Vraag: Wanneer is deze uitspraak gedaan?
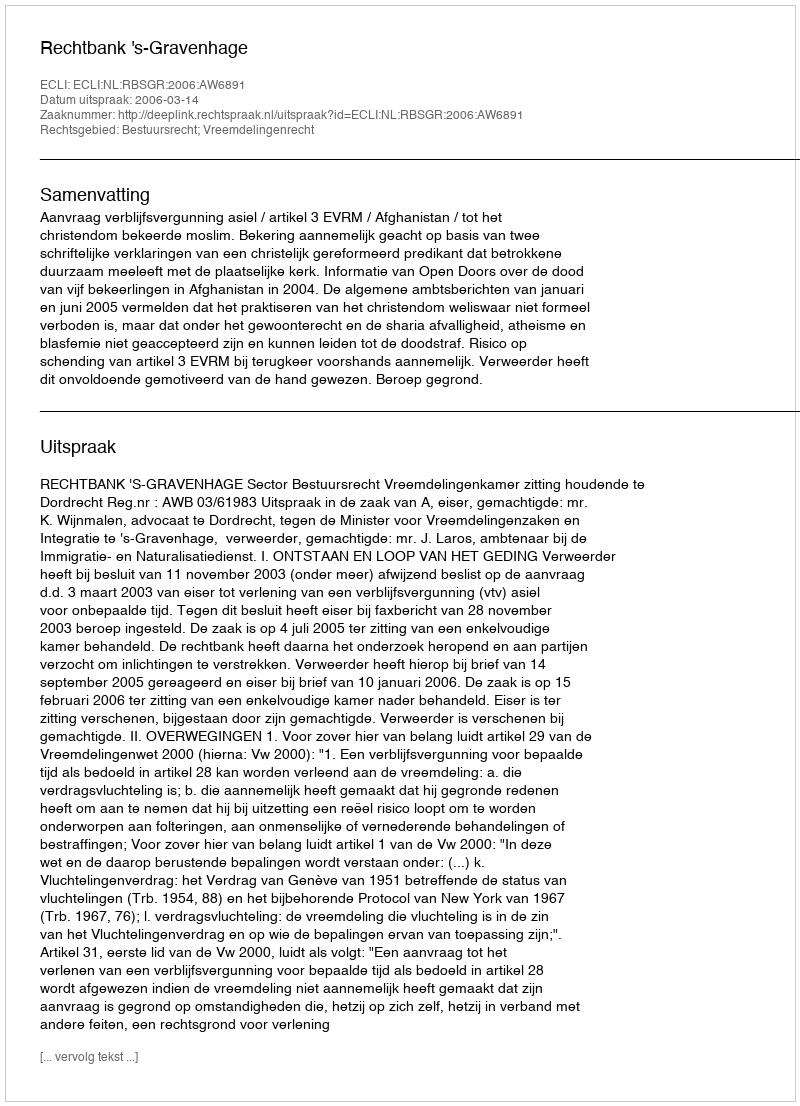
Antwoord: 2006-03-14